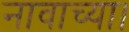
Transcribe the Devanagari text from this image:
नावाच्या।